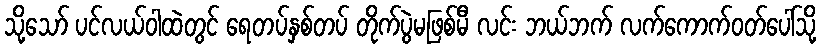
သို့သော် ပင်လယ်ဝါထဲတွင် ရေတပ်နှစ်တပ် တိုက်ပွဲမဖြစ်မီ လင်း ဘယ်ဘက် လက်ကောက်ဝတ်ပေါ်သို့